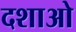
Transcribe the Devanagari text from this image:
दशाओ